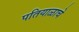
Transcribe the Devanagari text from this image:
पतियाळाचे